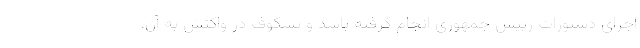
اجرای دستورات رییس جمهوری انجام گرفته باشد و پسکوف در واکنش به آن،